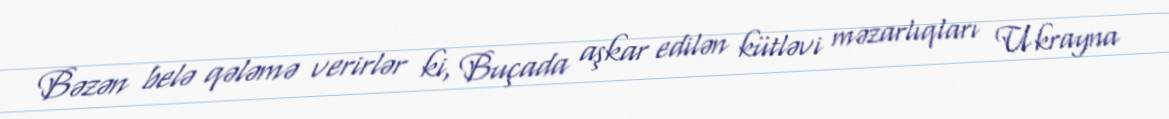
Bəzən belə qələmə verirlər ki, Buçada aşkar edilən kütləvi məzarlıqları Ukrayna